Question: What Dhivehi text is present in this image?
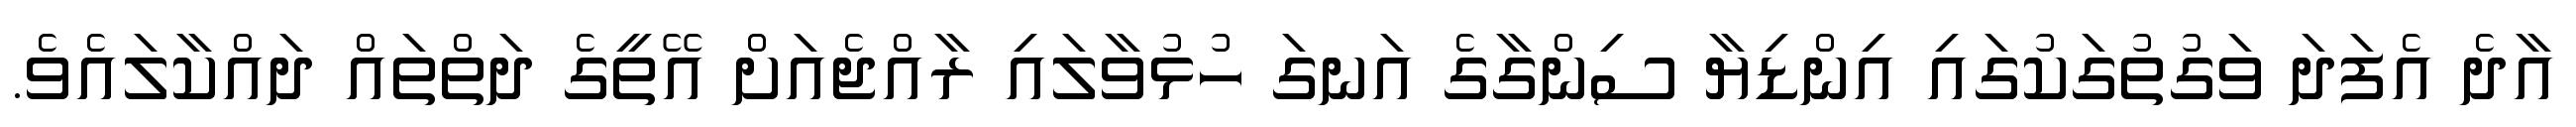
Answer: އާދެ އެފަދަ ވަގުތުގަކުގައި އިންޑިޔާ ސިންގާގެ އަނގަ ހުޅުވާލައި ރާއްޖެއަށް އޭތީގެ ދަތްތައް ދައްކާލައެވެ.